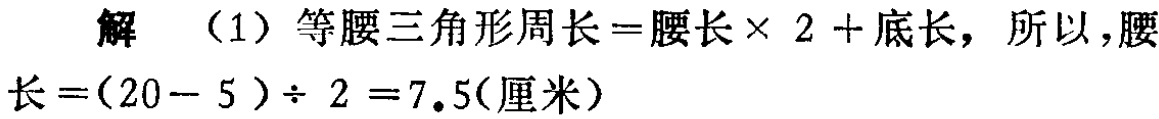
解 （1）等腰三角形周长=腰长× 2 + 底长，所以，腰长=(20 - 5)÷ 2 = 7.5(厘米)